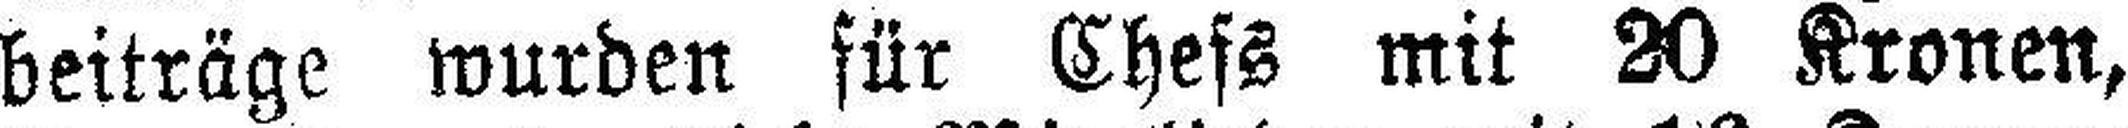
beiträge wurden für Chefs mit 20 Kronen,